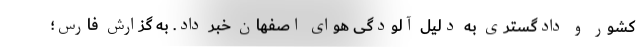
کشور و دادگستری به دلیل آلودگی هوای اصفهان خبر داد. به گزارش فارس؛